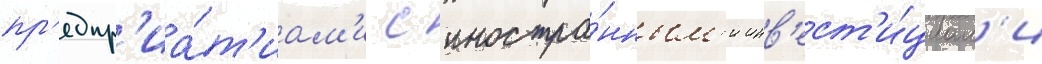
пр'едпр'иа́т'иам'и с иностра́нным'и инв'ест'и́циам'и